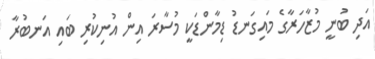
އަދި ބުނީ މުޒާހަރާގެ މައިގަނޑު ޑިމާންޑަކީ މުސާރަ އިން އުނިކުރި ބައި އަނބުރާ